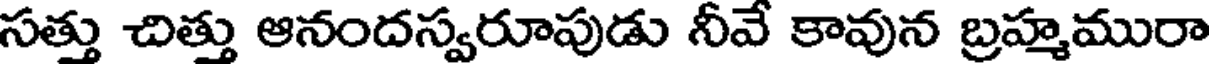
సత్తు చిత్తు ఆనందస్వరూపుడు నీవే కావున బ్రహ్మమురా